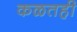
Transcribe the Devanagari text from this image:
कळतही